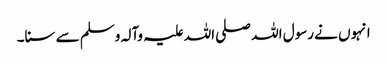
انہوں نے رسول اللہ صلی اللہ علیہ وآلہ وسلم سے سنا۔